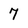
Character: 7